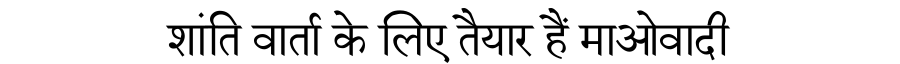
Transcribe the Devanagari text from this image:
शांति वार्ता के लिए तैयार हैं माओवादी